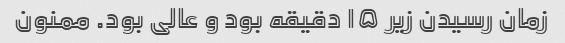
زمان رسیدن زیر ۱۵ دقیقه بود و عالی بود. ممنون